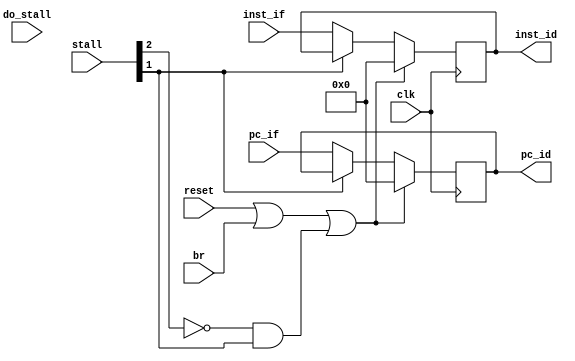
`timescale 1ns / 1ps
//////////////////////////////////////////////////////////////////////////////////
// Company: 
// Engineer: 
// 
// Design Name: 
// Module Name: reg_IF_ID
// Project Name: 
// Target Devices: 
// Tool Versions: 
// Description: 
// 
// Dependencies: 
// 
// Revision:
// Revision 0.01 - File Created
// Additional Comments:
// 
//////////////////////////////////////////////////////////////////////////////////


module reg_IF_ID(
    input clk,
    input reset,

    input [4:0] stall,
    
    input [31:0] inst_if,
    input [31:0] pc_if,
    input wire do_stall,
    input br,

    output reg [31:0] pc_id,
    output reg [31:0] inst_id
    );

    always @(posedge clk) begin
        if (reset == 1 || br == 1 || (stall[2] == 0 && stall[1] == 1)) begin
            pc_id <= 0;
            inst_id <= 0;
        end
        else if(stall[1] == 0) begin
            pc_id <= pc_if;
            inst_id <= inst_if; 
        end            
    end

endmodule